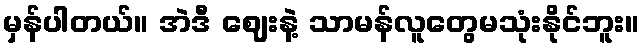
မှန်ပါတယ်။ အဲဒီ ဈေးနဲ့ သာမန်လူတွေမသုံးနိုင်ဘူး။